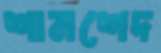
শামশেদ